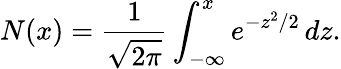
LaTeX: N(x)={\frac{1}{\sqrt{2\pi}}}\int_{-\infty}^{x}e^{-z^{2}/2}\, dz.